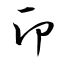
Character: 印